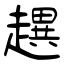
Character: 趩